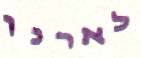
לארנן